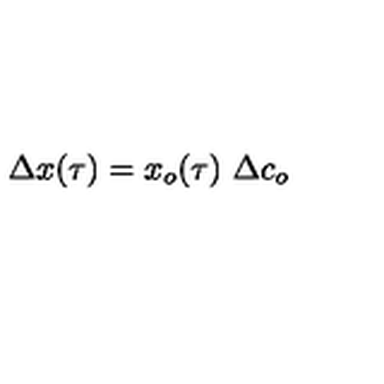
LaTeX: \Delta x ( \tau ) = x _ { o } ( \tau ) \ \Delta c _ { o }